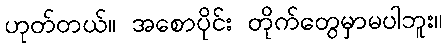
ဟုတ်တယ်။ အစောပိုင်း တိုက်တွေမှာမပါဘူး။